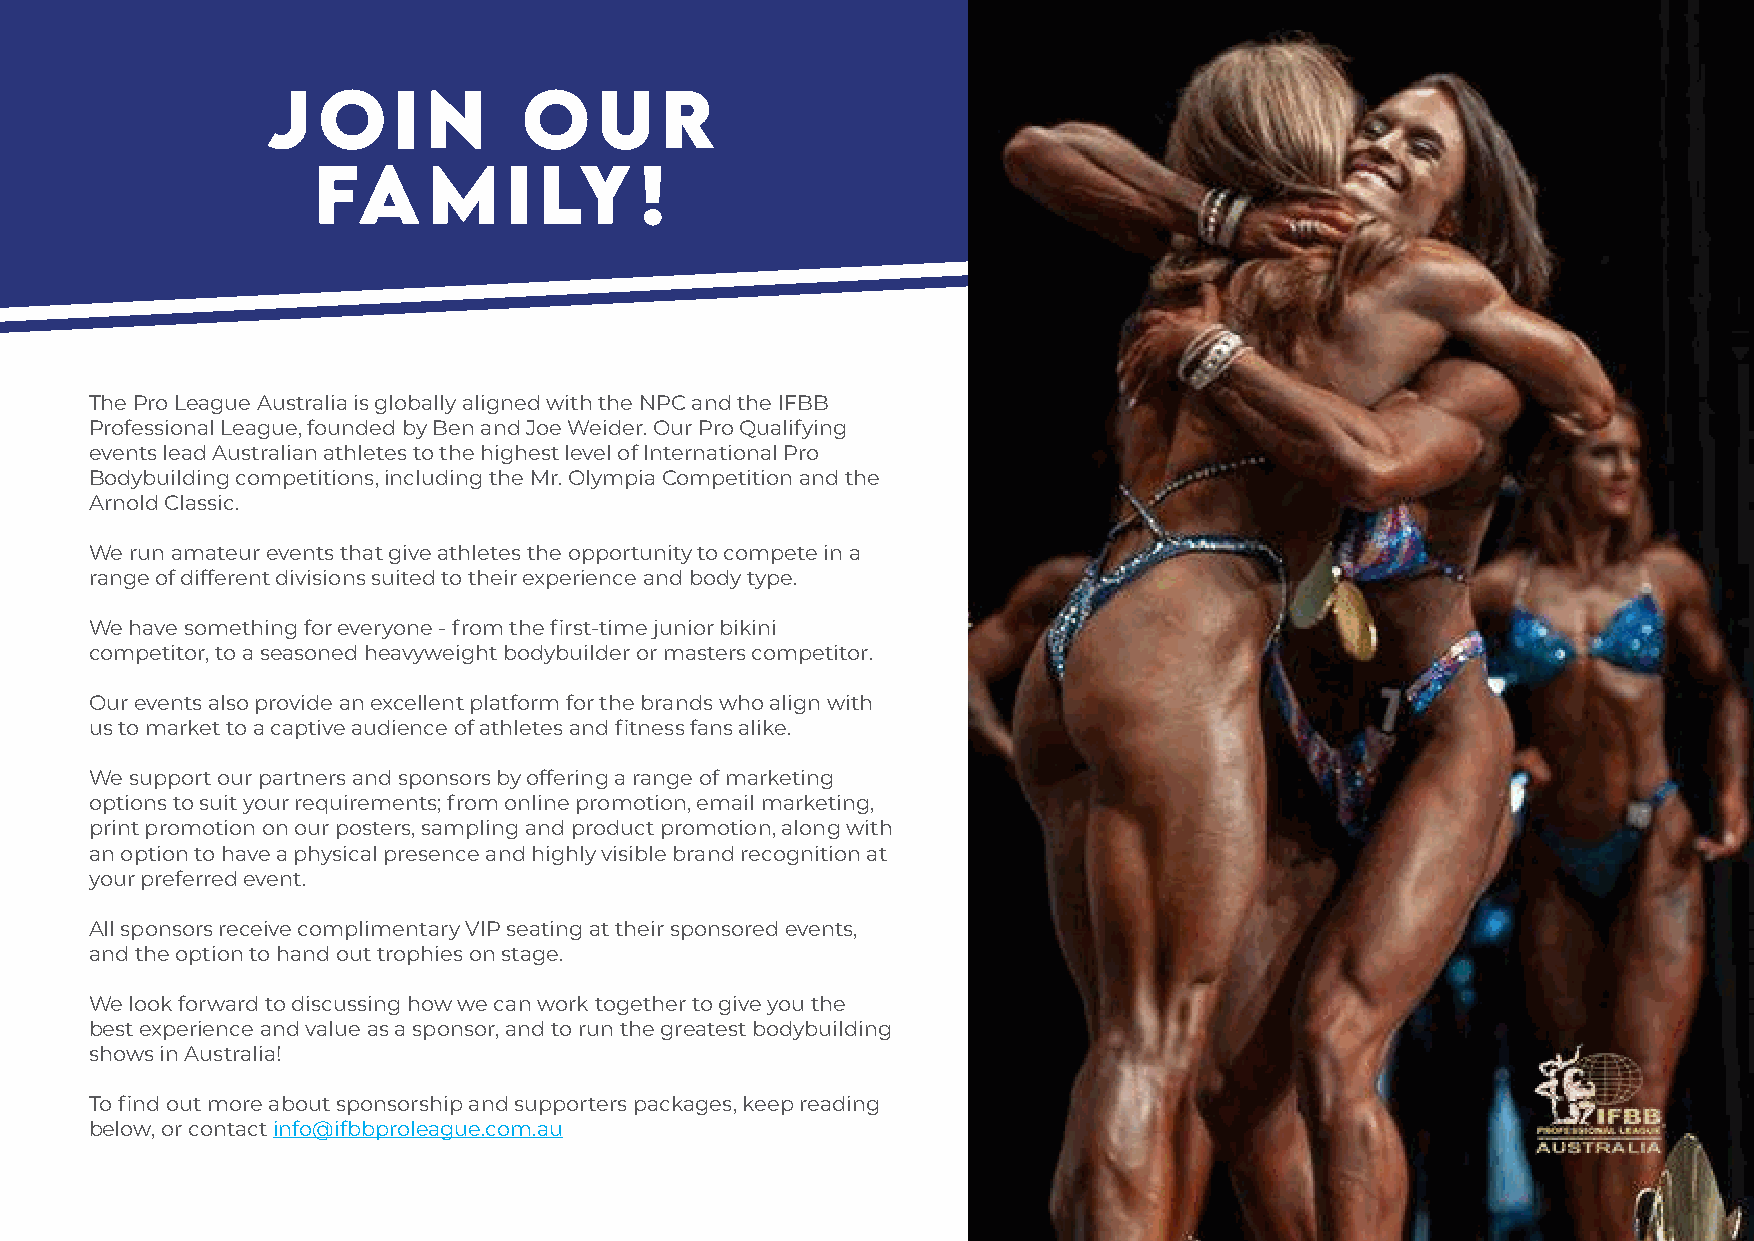
J  O    I N      O    U   R
 FA     M     I LY    !
 The Pro League Australia is globally aligned with the NPC and the IFBB
 Professional League, founded by Ben and Joe Weider. Our Pro Qualifying
 events lead Australian athletes to the highest level of International Pro
 Bodybuilding competitions, including the Mr. Olympia Competition and the
 Arnold Classic.
 We run amateur events that give athletes the opportunity to compete in a
 range of different divisions suited to their experience and body type.
 We have something for everyone - from the first-time junior bikini
 competitor, to a seasoned heavyweight bodybuilder or masters competitor.
 Our events also provide an excellent platform for the brands who align with
 us to market to a captive audience of athletes and fitness fans alike.
 We support our partners and sponsors by offering a range of marketing
 options to suit your requirements; from online promotion, email marketing,
 print promotion on our posters, sampling and product promotion, along with
 an option to have a physical presence and highly visible brand recognition at
 your preferred event.
 All sponsors receive complimentary VIP seating at their sponsored events,
 and the option to hand out trophies on stage.
 We look forward to discussing how we can work together to give you the
 best experience and value as a sponsor, and to run the greatest bodybuilding
 shows in Australia!
 To find out more about sponsorship and supporters packages, keep reading
 below, or contact info@ifbbproleague.com.au